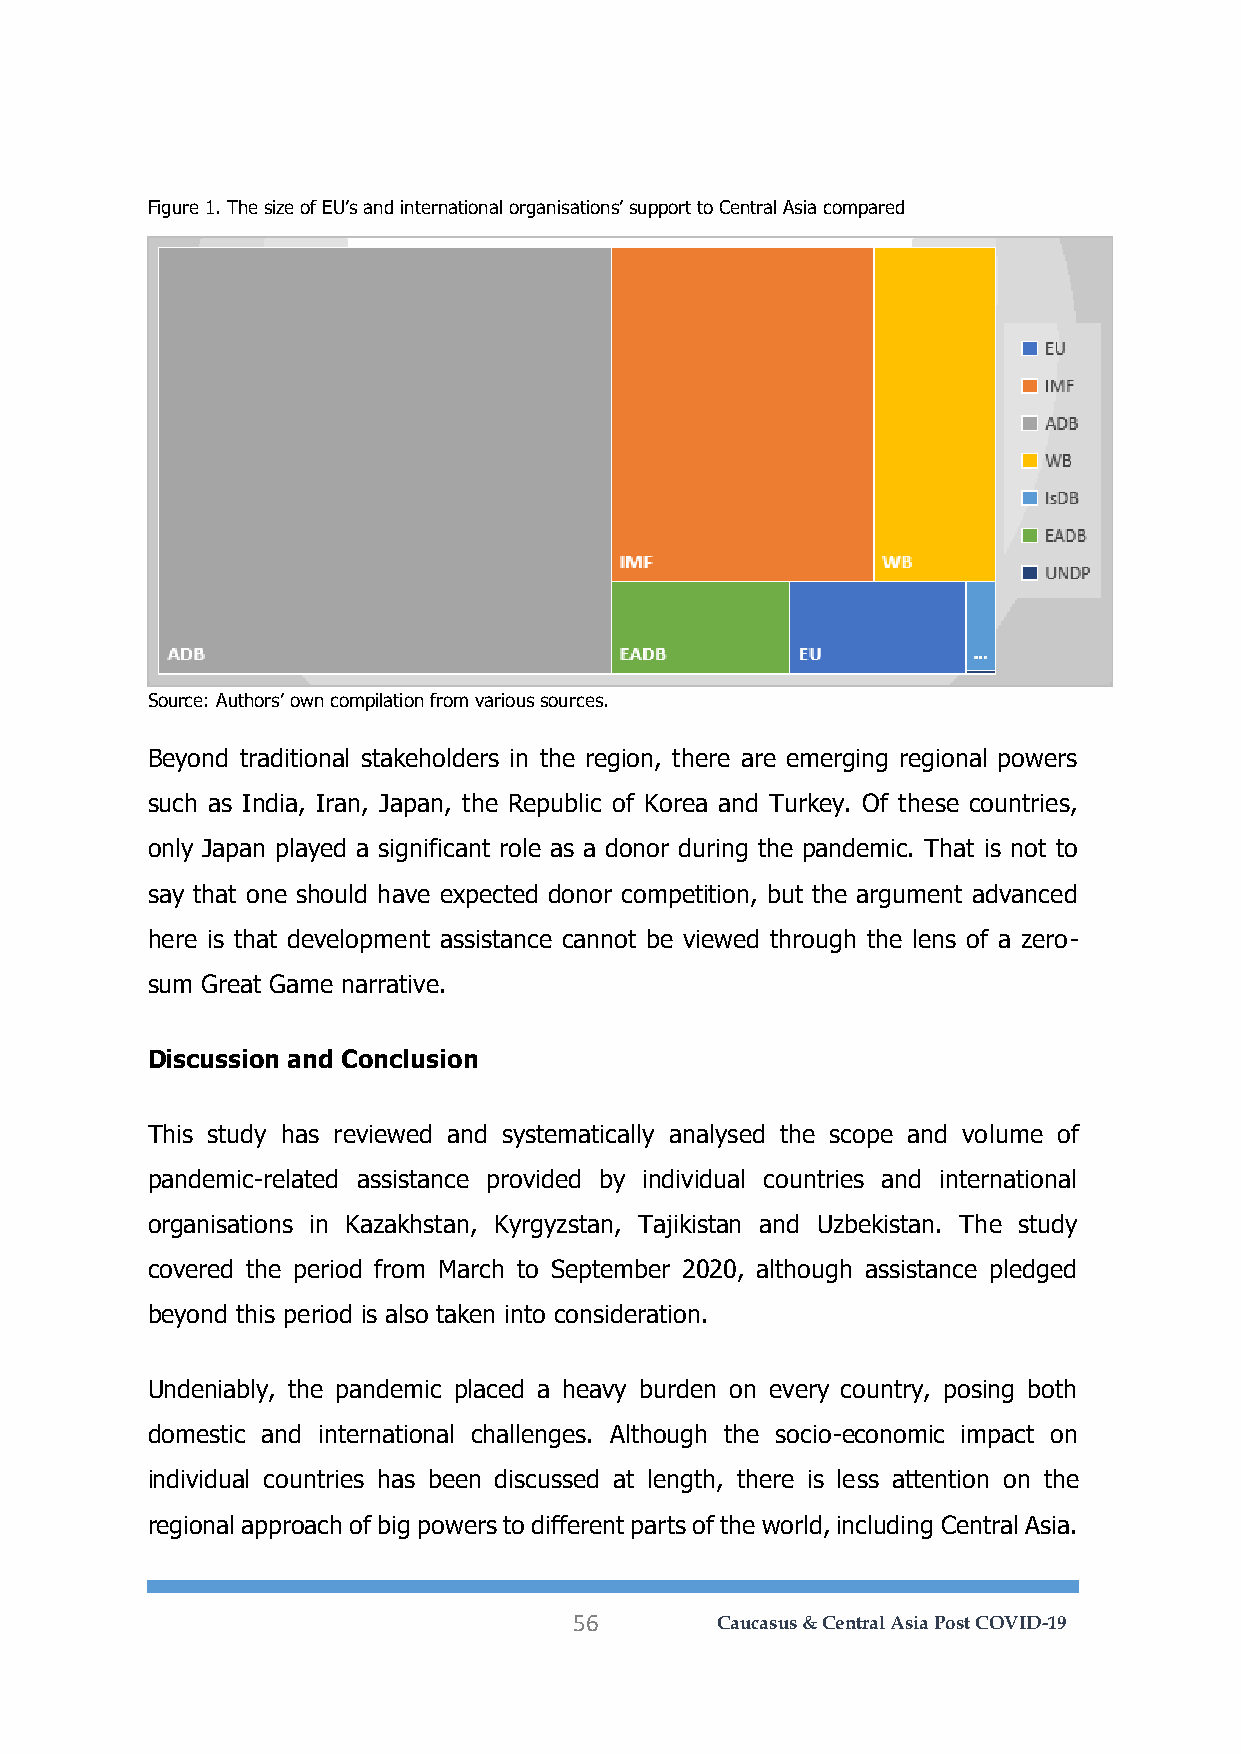
Figure 1. The size of EU’s and international organisations’ support to Central Asia compared
 Source: Authors’ own compilation from various sources.
 Beyond traditional stakeholders in the region, there are emerging regional powers
 such as India, Iran, Japan, the Republic of Korea and Turkey. Of these countries,
 only Japan played a significant role as a donor during the pandemic. That is not to
 say that one should have expected donor competition, but the argument advanced
 here is that development assistance cannot be viewed through the lens of a zero-
 sum Great Game narrative.
 Discussion and Conclusion
 This study has reviewed and systematically analysed the scope and volume of
 pandemic-related assistance provided by individual countries and international
 organisations in Kazakhstan, Kyrgyzstan, Tajikistan and Uzbekistan. The study
 covered the period from March to September 2020, although assistance pledged
 beyond this period is also taken into consideration.
 Undeniably, the pandemic placed a heavy burden on every country, posing both
 domestic and international challenges. Although the socio-economic impact on
 individual countries has been discussed at length, there is less attention on the
 regional approach of big powers to different parts of the world, including Central Asia.
 56       Caucasus & Central Asia Post COVID-19